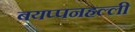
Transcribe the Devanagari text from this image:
बयप्पनहल्ली